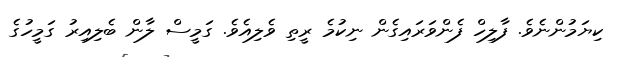
ކިޔަމުންނެވެ. ފާލިހް ފެންވަރައިގެން ނިކުމެ ރީތި ވެލިއެވެ. ގަމީސް ލާން ބެލިއިރު ގަމީހުގެ